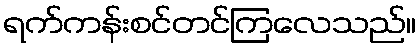
ရက်ကန်းစင်တင်ကြလေသည်။